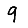
Digit: 9